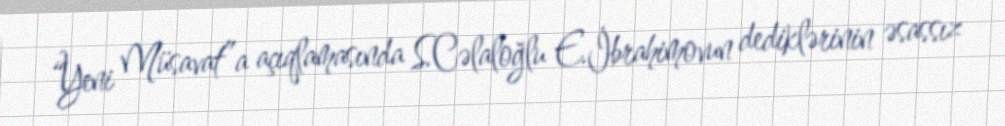
“Yeni Müsavat”a açıqlamasında S.Cəlaloğlu E.İbrahimovun dediklərinin əsassız